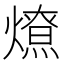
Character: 𰟤